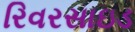
રિવરસાઇડ